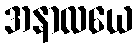
အနာလယေ